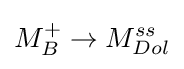
M_{B}^{+}\to M_{Dol}^{ss}